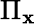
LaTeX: \Pi_{\mathbf{x}}